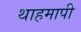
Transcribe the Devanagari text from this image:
थाहमापी